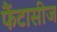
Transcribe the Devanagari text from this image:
फैंटासीज